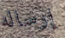
إرساله